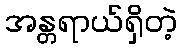
အန္တရာယ်ရှိတဲ့